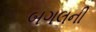
બગલની